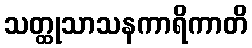
သတ္ထုသာသနကာရိကာတိ